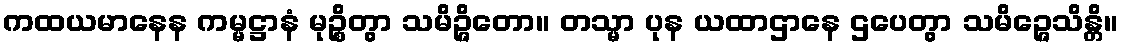
ကထယမာနေန ကမ္မဋ္ဌာနံ မုဉ္စိတွာ သမိဉ္ဇိတော။ တသ္မာ ပုန ယထာဌာနေ ဌပေတွာ သမိဉ္ဇေသိန္တိ။